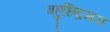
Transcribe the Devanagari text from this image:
बहुछिद्रमय